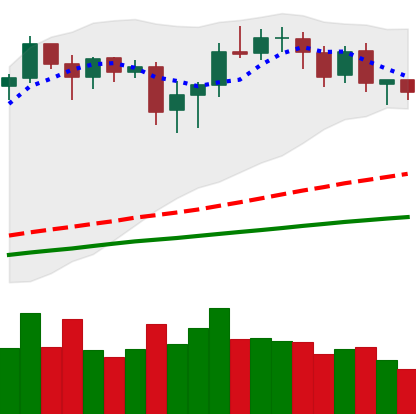
Ticker: BNB-USD
Chart end date: 2020-08-23
Forward return: 5.775%
Label: up_5_7